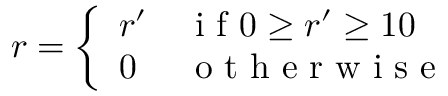
r = \left\{ \begin{array} { l l } { { r } ^ { \prime } } & { \mathrm { ~ i ~ f ~ } 0 \geq { r } ^ { \prime } \geq 1 0 } \\ { 0 } & { \mathrm { ~ o ~ t ~ h ~ e ~ r ~ w ~ i ~ s ~ e ~ } } \end{array} \right.